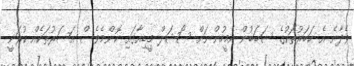
ވެދާނެ އެ ހަބަރުތަކުގެ ސަބަބުން އެމީހުންނަށް ސޯޝަލް މީޑިއާގައި ކޮންމެވެސް އަސަރުތަކެއް ކުރަނީ